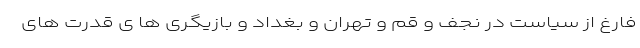
فارغ از سیاست در نجف و قم و تهران و بغداد و بازیگری ها ی قدرت های